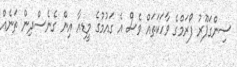
ސިންގަޕޫރު ފޯރަމްގެ ވާހަކަތައް ވެސް އެ ގައުމުގެ މީޑިއާ އިން ގެނެސްދިން ތަނެއް